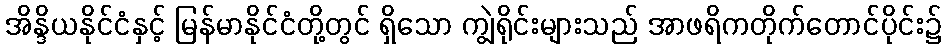
အိန္ဒိယနိုင်ငံနှင့် မြန်မာနိုင်ငံတို့တွင် ရှိသော ကျွဲရိုင်းများသည် အာဖရိကတိုက်တောင်ပိုင်း၌